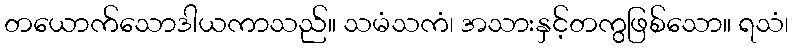
တယောက်သောဒါယကာသည်။ သမံသကံ၊ အသားနှင့်တကွဖြစ်သော။ ရသံ၊